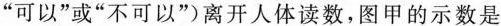
”可以”或”不可以”)离开人体读数，图甲的示数是